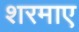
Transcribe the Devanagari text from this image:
शरमाए